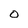
Character: O